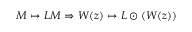
M \mapsto L M \Rightarrow W ( z ) \mapsto L \odot ( W ( z ) )